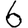
Digit: 6